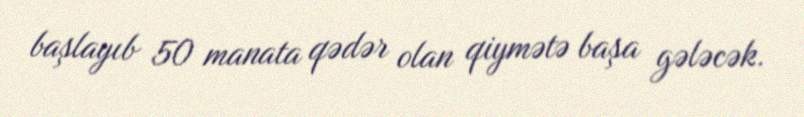
başlayıb 50 manata qədər olan qiymətə başa gələcək.